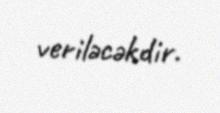
veriləcəkdir.